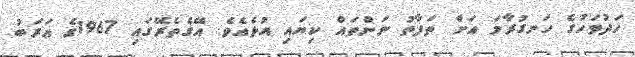
ހަދުވަހުގެ ހަނގުރާމަ އަށް ތަފާތު ނަންތައް ކިޔައި އުޅެއެވެ. އޭގެތެރޭގައި 1967ގެ ޢަރަބު